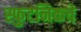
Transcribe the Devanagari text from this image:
स्फुटनिकचे